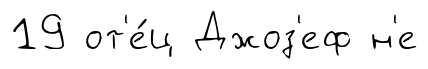
19 от'е́ц Джоз'еф н'е